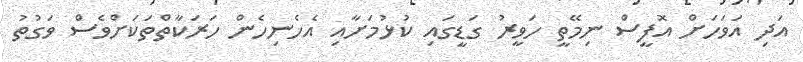
އަދި އަވަހަށް އޮފީސް ނިމޭތީ ހަވީރު ގަޑީގައި ކުޅުމަށާއި އެހެނިހެން ހަރަކާތްތަކަށްވެސް ވަގުތު